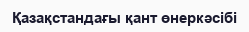
Қазақстандағы қант өнеркәсібі